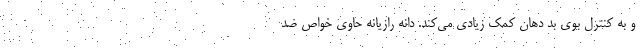
و به کنترل بوی بد دهان کمک زیادی می‌کند. دانه رازیانه حاوی خواص ضد